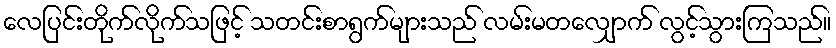
လေပြင်းတိုက်လိုက်သဖြင့် သတင်းစာရွက်များသည် လမ်းမတလျှောက် လွင့်သွားကြသည်။